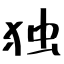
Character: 独